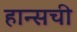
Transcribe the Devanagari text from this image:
हान्सची